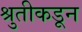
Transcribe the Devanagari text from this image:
श्रुतीकडून